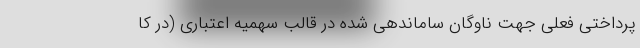
پرداختی فعلی جهت ناوگان ساماندهی شده در قالب سهمیه اعتباری (در کا